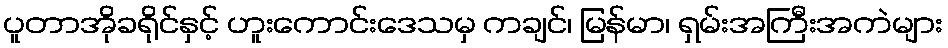
ပူတာအိုခရိုင်နှင့် ဟူးကောင်းဒေသမှ ကချင်၊ မြန်မာ၊ ရှမ်းအကြီးအကဲများ